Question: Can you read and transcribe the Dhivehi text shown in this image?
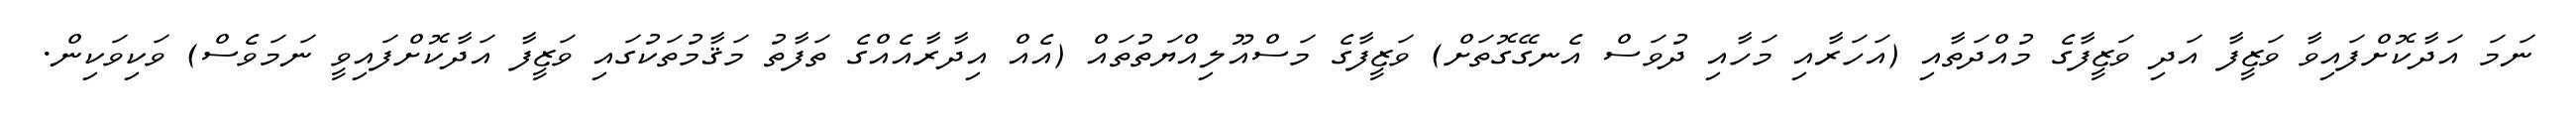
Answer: ނަމަ އަދާކޮށްފައިވާ ވަޒީފާ އަދި ވަޒީފާގެ މުއްދަތާއި (އަހަރާއި މަހާއި ދުވަސް އެނގޭގޮތަށް) ވަޒީފާގެ މަސްއޫލިއްޔަތުތައް (އެއް އިދާރާއެއްގެ ތަފާތު މަޤާމުތަކުގައި ވަޒީފާ އަދާކޮށްފައިވީ ނަމަވެސް) ވަކިވަކިން.